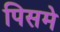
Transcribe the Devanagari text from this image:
पिसमे